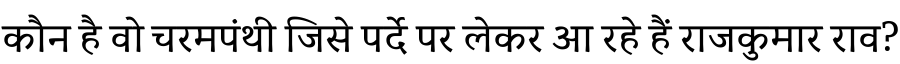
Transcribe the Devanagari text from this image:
कौन है वो चरमपंथी जिसे पर्दे पर लेकर आ रहे हैं राजकुमार राव?